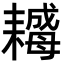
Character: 𦔣